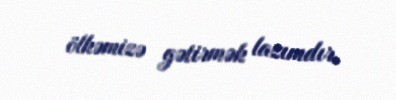
ölkəmizə gətirmək lazımdır.